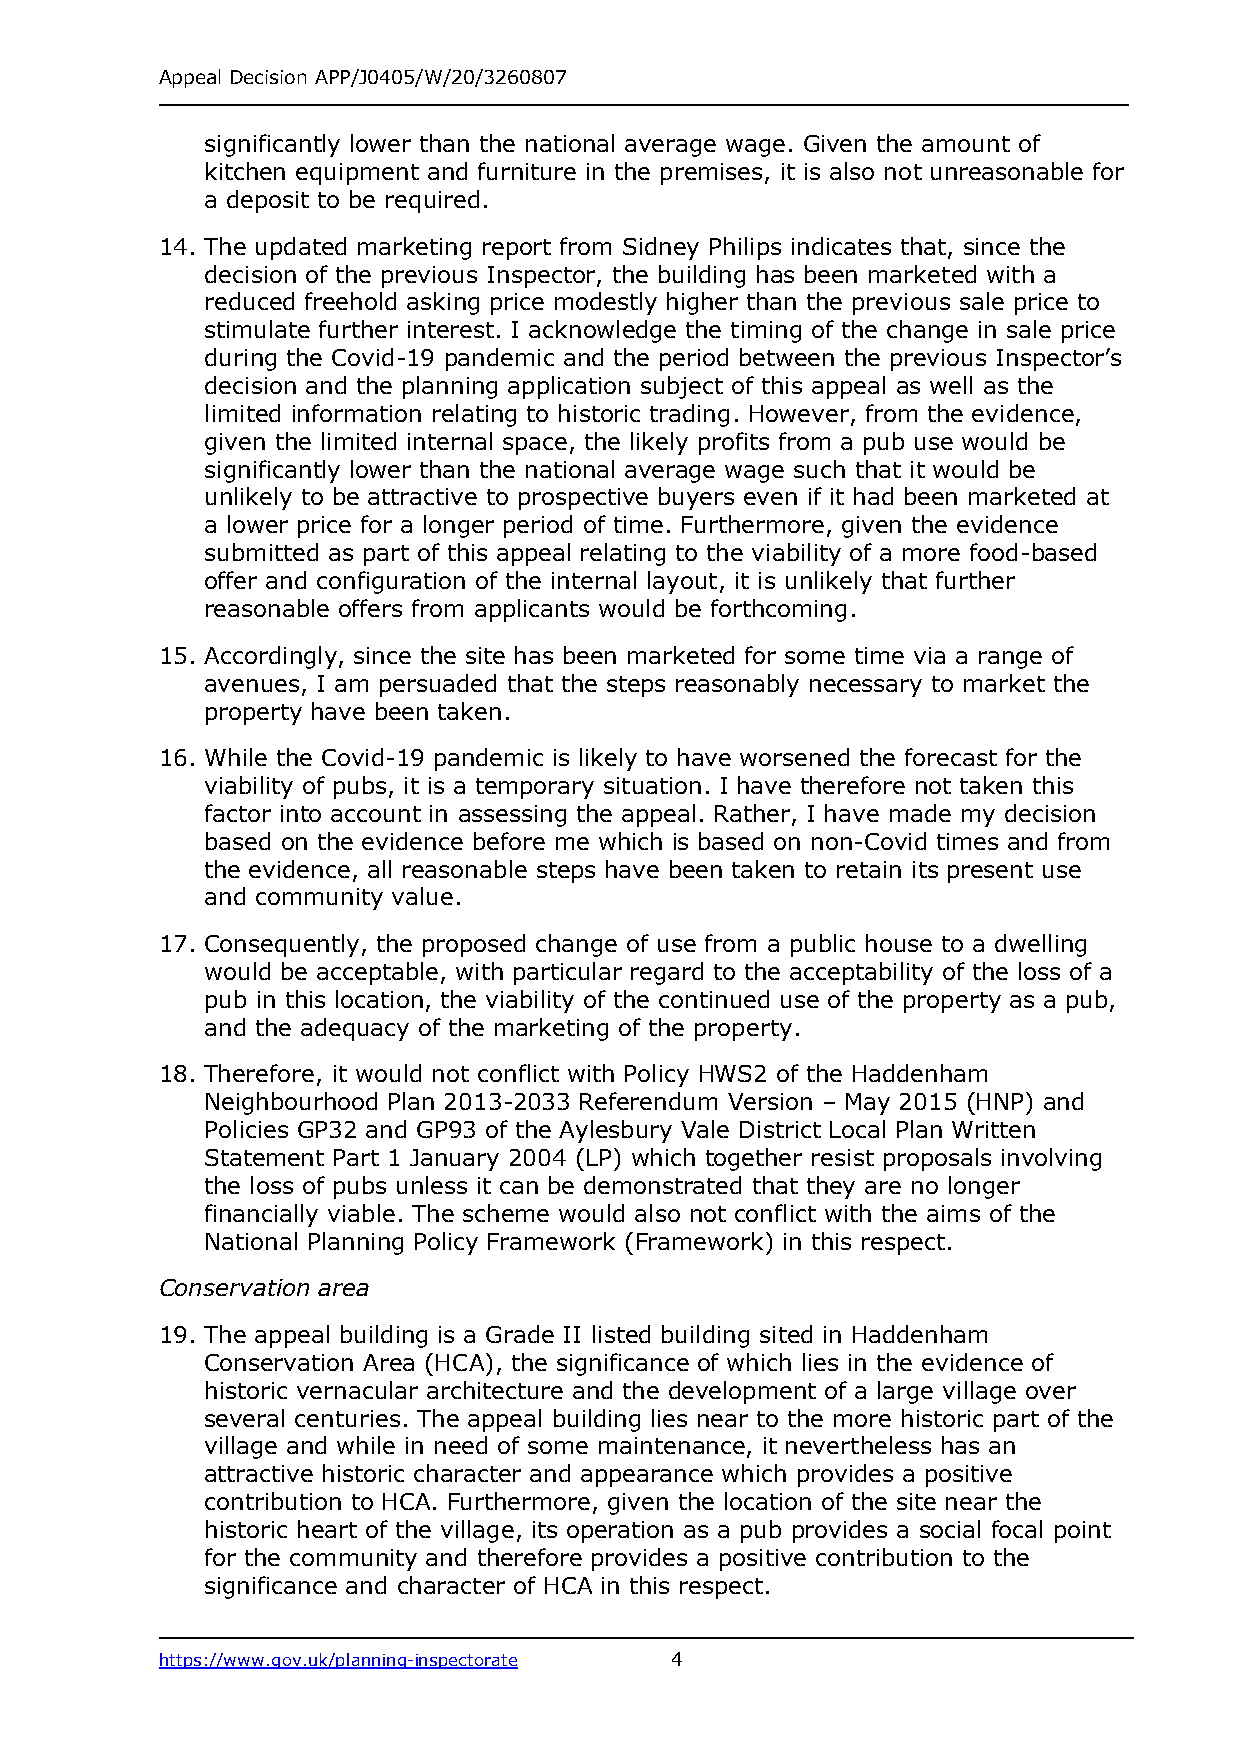
Appeal Decision APP/J0405/W/20/3260807
 significantly lower than the national average wage. Given the amount of
 kitchen equipment and furniture in the premises, it is also not unreasonable for
 a deposit to be required.
 14. The updated marketing report from Sidney Philips indicates that, since the
 decision of the previous Inspector, the building has been marketed with a
 reduced freehold asking price modestly higher than the previous sale price to
 stimulate further interest. I acknowledge the timing of the change in sale price
 during the Covid-19 pandemic and the period between the previous Inspector’s
 decision and the planning application subject of this appeal as well as the
 limited information relating to historic trading. However, from the evidence,
 given the limited internal space, the likely profits from a pub use would be
 significantly lower than the national average wage such that it would be
 unlikely to be attractive to prospective buyers even if it had been marketed at
 a lower price for a longer period of time. Furthermore, given the evidence
 submitted as part of this appeal relating to the viability of a more food-based
 offer and configuration of the internal layout, it is unlikely that further
 reasonable offers from applicants would be forthcoming.
 15. Accordingly, since the site has been marketed for some time via a range of
 avenues, I am persuaded that the steps reasonably necessary to market the
 property have been taken.
 16. While the Covid-19 pandemic is likely to have worsened the forecast for the
 viability of pubs, it is a temporary situation. I have therefore not taken this
 factor into account in assessing the appeal. Rather, I have made my decision
 based on the evidence before me which is based on non-Covid times and from
 the evidence, all reasonable steps have been taken to retain its present use
 and community value.
 17. Consequently, the proposed change of use from a public house to a dwelling
 would be acceptable, with particular regard to the acceptability of the loss of a
 pub in this location, the viability of the continued use of the property as a pub,
 and the adequacy of the marketing of the property.
 18. Therefore, it would not conflict with Policy HWS2 of the Haddenham
 Neighbourhood Plan 2013-2033 Referendum Version – May 2015 (HNP) and
 Policies GP32 and GP93 of the Aylesbury Vale District Local Plan Written
 Statement Part 1 January 2004 (LP) which together resist proposals involving
 the loss of pubs unless it can be demonstrated that they are no longer
 financially viable. The scheme would also not conflict with the aims of the
 National Planning Policy Framework (Framework) in this respect.
 Conservation area
 19. The appeal building is a Grade II listed building sited in Haddenham
 Conservation Area (HCA), the significance of which lies in the evidence of
 historic vernacular architecture and the development of a large village over
 several centuries. The appeal building lies near to the more historic part of the
 village and while in need of some maintenance, it nevertheless has an
 attractive historic character and appearance which provides a positive
 contribution to HCA. Furthermore, given the location of the site near the
 historic heart of the village, its operation as a pub provides a social focal point
 for the community and therefore provides a positive contribution to the
 significance and character of HCA in this respect.
 https://www.gov.uk/planning-inspectorate 4